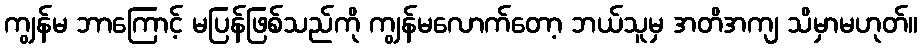
ကျွန်မ ဘာကြောင့် မပြန်ဖြစ်သည်ကို ကျွန်မလောက်တော့ ဘယ်သူမှ အတိအကျ သိမှာမဟုတ်။